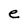
Character: e